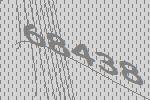
68438